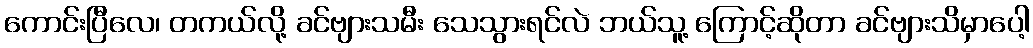
ကောင်းပြီလေ၊ တကယ်လို့ ခင်ဗျားသမီး သေသွားရင်လဲ ဘယ်သူ့ ကြောင့်ဆိုတာ ခင်ဗျားသိမှာပေါ့